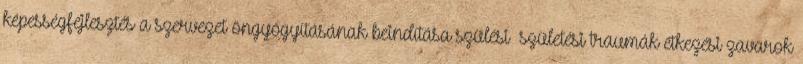
képességfejlesztés a szervezet öngyógyításának beindítása szülési születési traumák étkezési zavarok